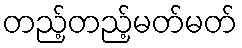
တည့်တည့်မတ်မတ်